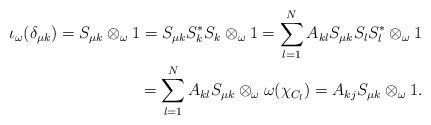
LaTeX: \begin{align*}\iota_\omega(\delta_{\mu k})=S_{\mu k}\otimes _\omega 1=S_{\mu k}S_k^*S_k\otimes _\omega 1=\sum_{l=1}^N A_{kl}S_{\mu k}S_lS_l^*\otimes _\omega 1\\=\sum_{l=1}^N A_{kl}S_{\mu k}\otimes _\omega \omega(\chi_{C_l})=A_{kj}S_{\mu k}\otimes_\omega1.\end{align*}